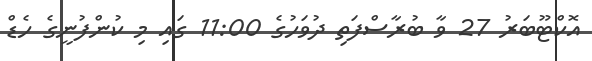
އޮކްޓޫބަރު 27 ވާ ބުރާސްފަތި ދުވަހުގެ 11:00 ގައި މި ކުންފުނީގެ ހެޑް